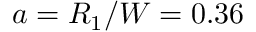
a = R _ { 1 } / W = 0 . 3 6